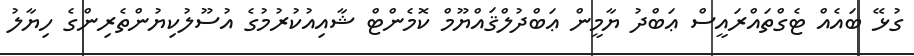
ގުޅޭ ބައެއް ޓެގްތައްރައީސް ޢަބްދު ޔާމީން ޢަބްދުލްޤައްޔޫމް ކޮމެންޓް ޝާއިއުކުރުމުގެ އުސޫލުކިޔުންތެރިންގެ ހިޔާލު